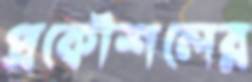
প্রকৌশলের